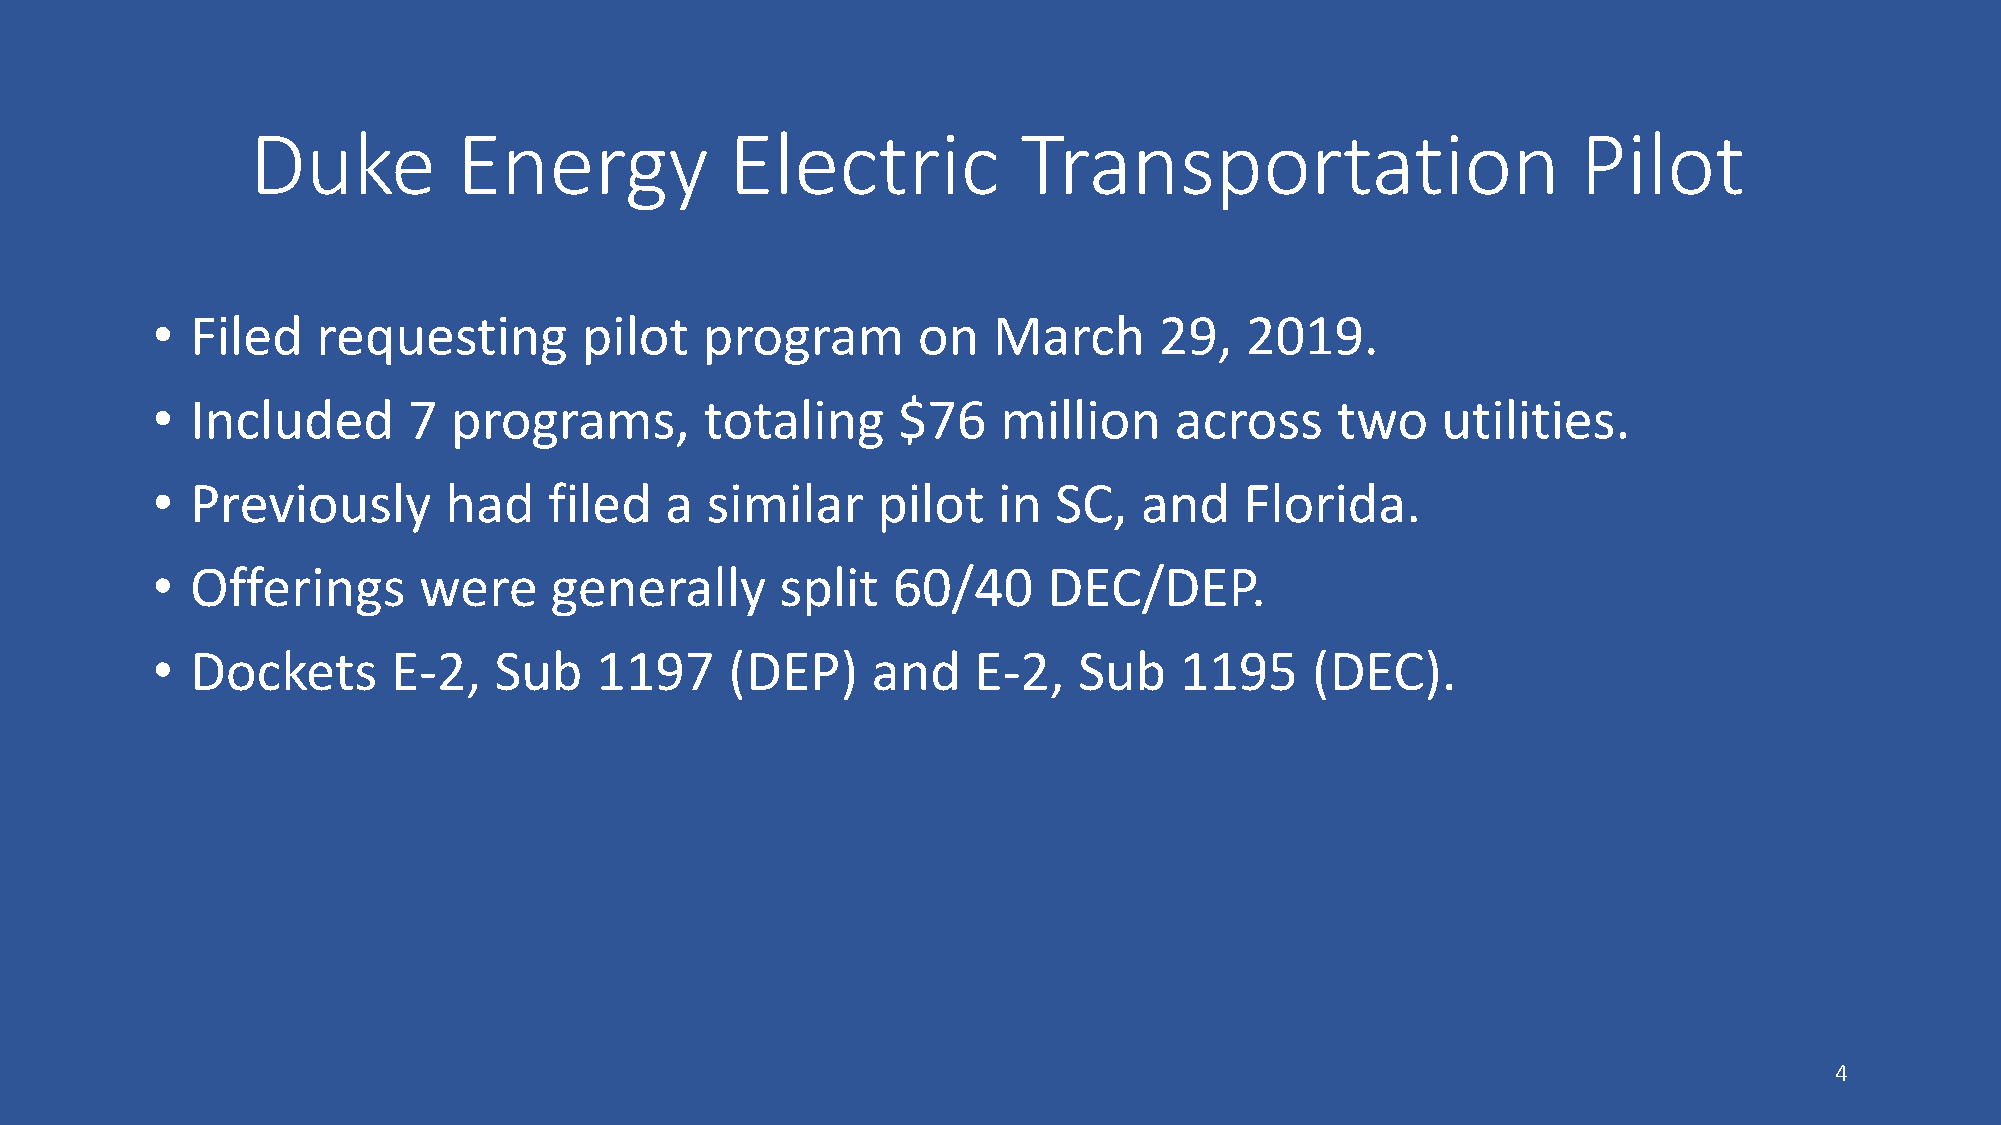
Duke         Energy            Electric            Transportation                       Pilot
 •  Filed   requesting       pilot    program       on   March      29,  2019.
 •  Included      7  programs,        totaling    $76    million     across    two    utilities.
 •  Previously      had    filed   a  similar    pilot   in  SC,  and    Florida.
 •  Offerings      were    generally       split  60/40     DEC/DEP.
 •  Dockets      E-2,   Sub   1197     (DEP)     and   E-2,   Sub    1195     (DEC).
 4